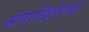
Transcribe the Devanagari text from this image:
संपादिलेल्या